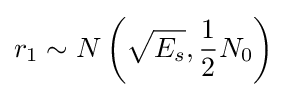
r_{1}\sim N\left({\sqrt {E_{s}}},{\frac {1}{2}}N_{0}\right)